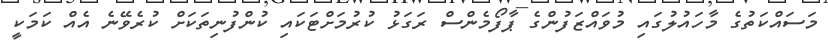
މަސައްކަތުގެ މާހައުލުގައި މުވައްޒަފުންގެ ޕާފޯމެންސް ރަގަޅު ކުރުމަށްޓަކައި ކުންފުނިތަކަށް ކުރެވޭނެ އެއް ކަމަކީ